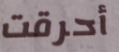
أحرقت